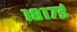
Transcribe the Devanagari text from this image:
१८१७ई